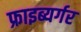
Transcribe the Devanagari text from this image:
फ्राइब्यर्गर